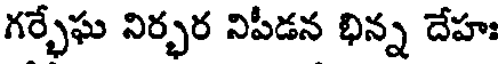
గర్భేఘ నిర్భర నిపీడన భిన్న దేహః